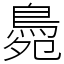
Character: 䳃